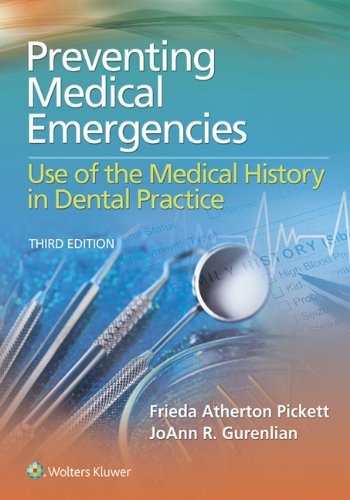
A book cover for Preventing Medical Emergencies: Use of the Medical History in Dental Practice; Frieda Pickett; Medical Books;